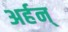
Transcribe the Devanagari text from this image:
अर्हन्